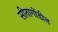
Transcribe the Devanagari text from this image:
सीतागोंडीन